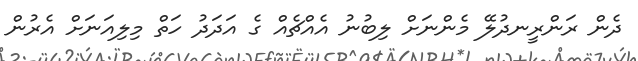
ދެން ރަންރީނދުލޭ މެންނަށް ލިބުނު އެއްޗެއް ގެ އަދަދު ހަތް މިލިއަނަށް އެރުން